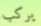
يركب